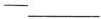
-___